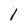
Character: 1